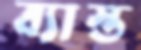
ব্যাস্ত